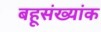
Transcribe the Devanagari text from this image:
बहूसंख्यांक